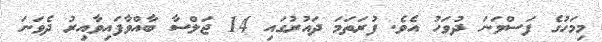
މިމަހުގެ ފަސްވަނަ ދުވަހު އެވެ. ފުރަތަމަ ދައުރުގައި 14 ޖަލްސާ ބާއްވާފައިވާއިރު ދެވަނަ